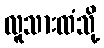
လူသားထံသို့